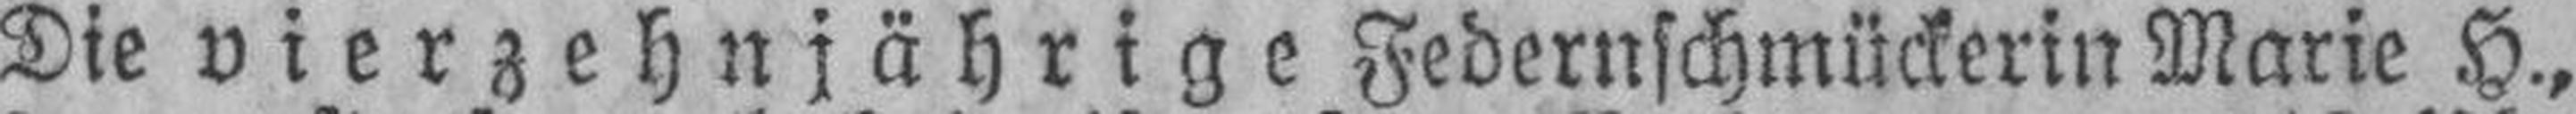
Die vierzehnjährige Federnschmückerin Marie H.,